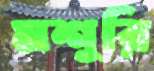
মশুরি